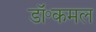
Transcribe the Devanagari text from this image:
डॉ॰कमल